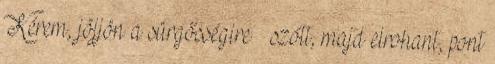
Kérem, jöjjön a sürgősségire – szólt, majd elrohant, pont